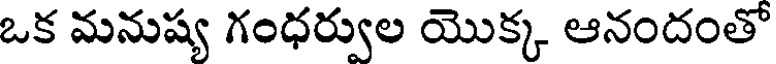
ఒక మనుష్య గంధర్వుల యొక్క ఆనందంతో